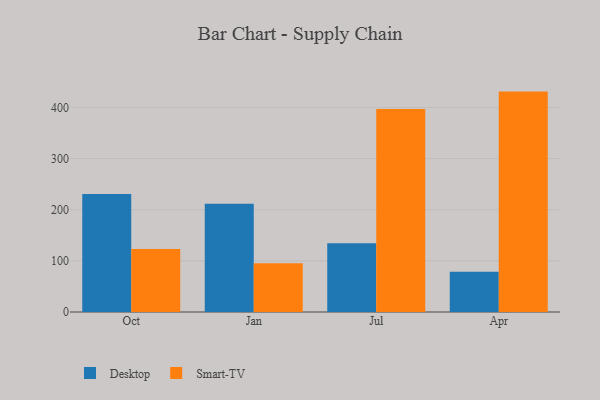
{"axis": {"x": "Month", "y": "Shipments"}, "legend": ["Desktop", "Smart-TV"], "data": [{"x": "Oct", "y": 230.7, "type": "Desktop"}, {"x": "Oct", "y": 123.0, "type": "Smart-TV"}, {"x": "Jan", "y": 211.7, "type": "Desktop"}, {"x": "Jan", "y": 95.2, "type": "Smart-TV"}, {"x": "Jul", "y": 134.6, "type": "Desktop"}, {"x": "Jul", "y": 397.0, "type": "Smart-TV"}, {"x": "Apr", "y": 78.6, "type": "Desktop"}, {"x": "Apr", "y": 431.1, "type": "Smart-TV"}]}